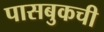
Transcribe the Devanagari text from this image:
पासबुकची